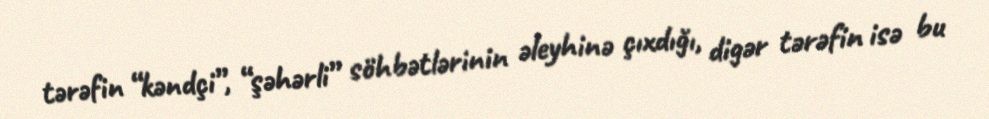
tərəfin “kəndçi”, “şəhərli” söhbətlərinin əleyhinə çıxdığı, digər tərəfin isə bu